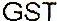
GST